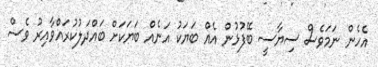
އެހެން ނަމަވެސް ސިޔާސީ ބޭފުޅުން އެއް ބަޔަކު އަނެއް ބަޔަކަށް ބައްދަލުކުރައްވާއިރު ވެސް